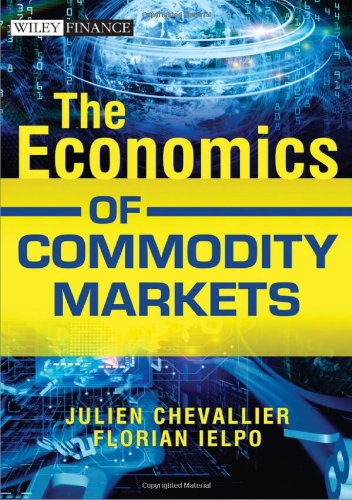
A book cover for The Economics of Commodity Markets; Julien Chevallier; Business & Money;